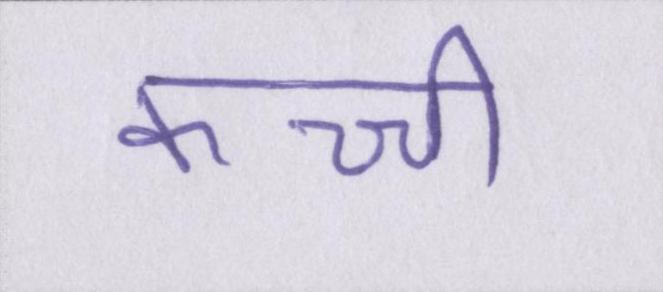
कच्ची